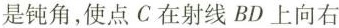
是钝角，使点C在射线BD上向右